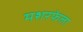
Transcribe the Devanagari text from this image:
मशरफेला